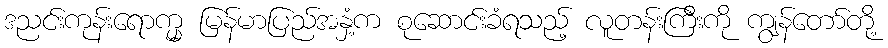
ဒညင်းကုန်းရောက္မှ မြန်မာပြည်အနှံ့က စုဆောင်းခံရသည့် လူတန်းကြီးကို ကျွန်တော်တို့